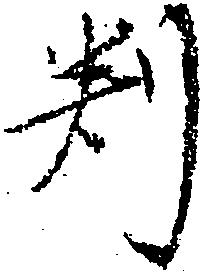
判